Civil Veterinary Department. United Provinces 1932-42 - 1932-1942
Year: 1932
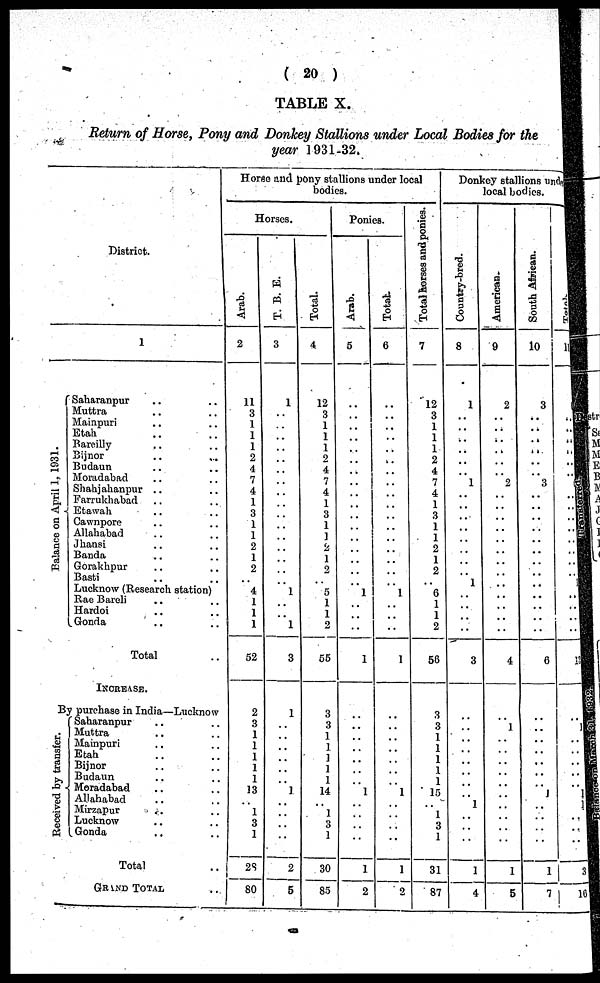
(20)
TABLE X.
Return of Horse, Pony and Donkey Stallions under Local Bodies for the
year 1931-32.
District.
1
Ba l
a nc e on April 1, 1931.
Saharanpur .. ..
Muttra .. ..
Mainpuri .. ..
Etah .. ..
Bareilly .. ..
Bijnor .. ..
Budaun .. ..
Moiudabad .. ..
Shahjahanpur .. ..
Farrukhabad .. ..
Etawah .. ..
Cawnpore .. ..
Allahabad .. ..
Jhansi .. ..
Banda .. ..
Gorakhpur .. ..
Basti .. ..
Lucknow (Research station)
Rae Bareli .. ..
Hardoi .. ..
Gonda .. ..
Total ..
INCREASE.
By purchase in India—Lucknow
Received by transfer.
Saharanpur .. ..
Muttra .. ..
Mainpuri .. ..
Etah .. ..
Bijnor .. ..
Budaun .. ..
Moradabad .. ..
Allahabad .. ..
Mirzapur .. ..
Lucknow .. ..
Gonda .. ..
Total ..
GRAND TOTAL ..
Horse and pony stallions under local
bodies.
Horses.
Arab.
2
11
3
1
1
1
2
4
7
4
1
3
1
1
2
1
2
4
1
1
1
52
2
3
1
1
1
1
1
13
..
1
3
1
28
80
T. B. E.
3
1
..
..
..
..
..
..
..
..
..
..
..
..
..
..
1
..
..
1
3
1
..
.. ..
..
..
..
1
..
..
..
..
2
5
Total.
4
12
3
1
1
1
2
4
7
4
1
3
1
..
2
1
2
..
5
1
1
2
55
3
3
1
1
1
1
1
14
..
1
3
1
30
85
Ponies.
Arab.
5
..
..
..
..
..
..
..
..
..
..
..
..
..
..
..
..
..
1
..
..
..
1
..
..
..
..
..
..
..
1
..
..
..
..
1
2
Total.
6
..
..
..
..
..
..
..
..
..
..
..
..
..
..
..
..
1
..
..
..
1
..
..
.. ..
..
..
..
1
..
..
..
..
1
2
Total horses and ponies.
-
7
12
3
1
1
1
2
4
7
4
1
3
1
1
2
1
2
..
6
1
1
2
56
3
3
1
1
1
1
1
15
1
3
1
31
87
Donkey stallions under
local bodies.
Country-bred.
8
1
..
..
..
..
..
1
..
....
..
..
..
..
..
..
1
..
..
..
..
3
..
..
..
..
..
..
..
..
1
..
..
..
1
4
American-
9
2
..
..
..
..
..
..
2
..
..
..
..
..
..
..
..
..
..
..
..
..
4
..
1
..
..
..
..
..
..
..
..
..
..
1
5
South African.
10
3
..
..
..
..
..
..
3
..
.
..
..
....
..
..
..
..
..
..
..
6
..
..
..
..
..
..
..
1
..
..
..
..
1
7
Total
11
..
..
..
..
..
..
..
..
..
..
..
..
..
..
..
..
..
..
..
..
7
..
1
..
..
..
..
..
..
1
..
..
..
1
16